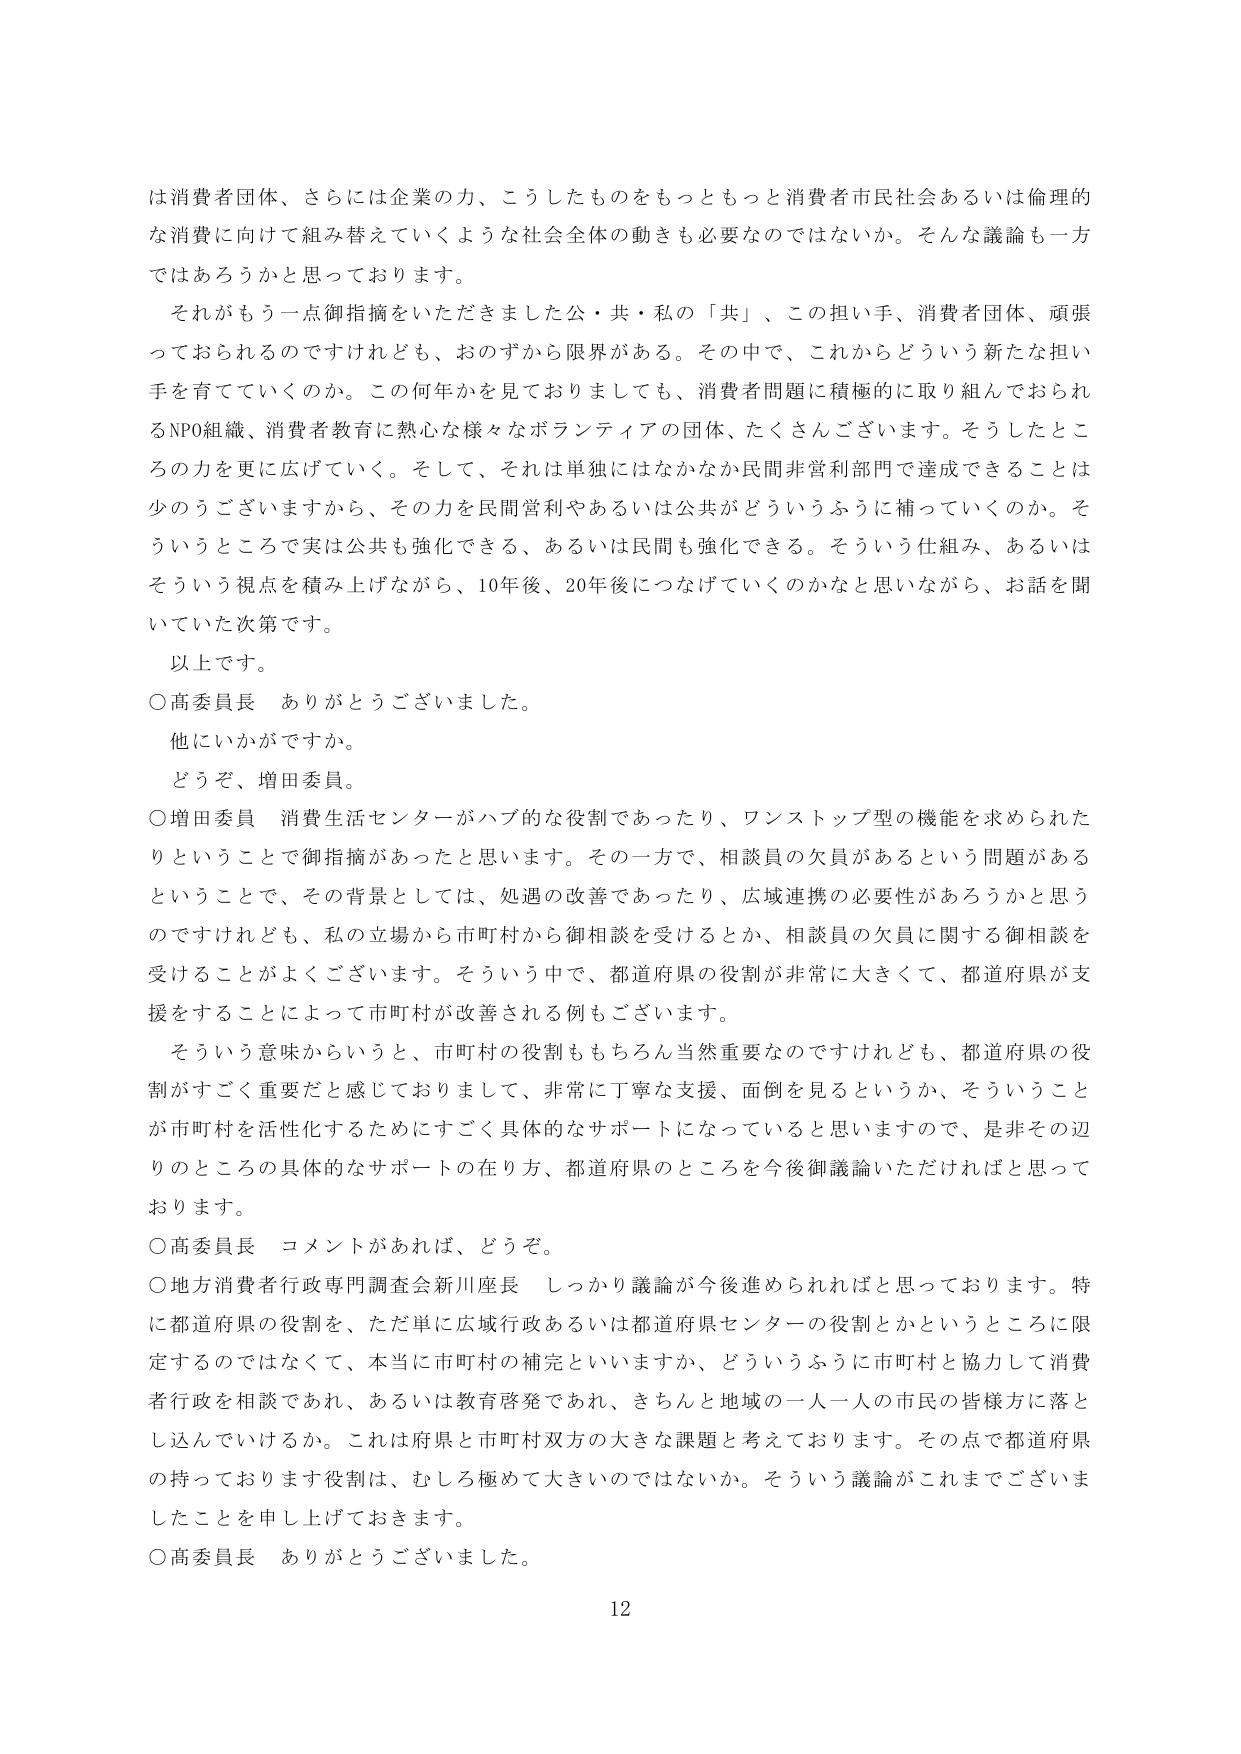
は消費者団体、さらには企業の力、こうしたものをもっともっと消費者市民社会あるいは倫理的な消費に向けて組み替えていくような社会全体の動きも必要なのではないか。そんな議論も一方ではあろうかと思っております。

それがもう一点御指摘をいただきました公・共・私の「共」、この担い手、消費者団体、頑張っておられるのですけれども、おのずから限界がある。その中で、これからどういう新たな担い手を育てていくのか。この何年かを見ておりましても、消費者問題に積極的に取り組んでおられるNPO組織、消費者教育に熱心な様々なボランティアの団体、たくさんございます。そうしたところの力を更に広げていく。そして、それは単独にはなかなか民間非営利部門で達成できることは少のうございますから、その力を民間営利やあるいは公共がどういうふうに補っていくのか。そういうところで実は公共も強化できる、あるいは民間も強化できる。そういう仕組み、あるいはそういう視点を積み上げながら、10年後、20年後につなげていくのかなと思いながら、お話聞いていた次第です。

以上です。

○高委員長　ありがとうございました。

他にいかがですか。

どうぞ、増田委員。

○増田委員　消費生活センターがハブ的な役割であったり、ワンストップ型の機能を求められたということでお指摘があったと思います。その一方で、相談員の欠員があるという問題があるということで、その背景としては、処遇の改善であったり、広域連携の必要性があろうかと思うのですけれども、私の立場から市町村から御相談を受けるとか、相談員の欠員に関する御相談を受けることがよくございます。そういう中で、都道府県の役割が非常に大きくって、都道府県が支援をすることによって市町村が改善される例もございます。

そういう意味からいうと、市町村の役割ももちろん当然重要なのですが、都道府県の役割がすごく重要だと感じておりまして、非常に丁寧な支援、面倒を見るというか、そういうことが市町村を活性化するためにすごく具体的なサポートになっていると思いますので、是非その辺りのところの具体的なサポートの在り方、都道府県のところを今後御議論いただければと思っております。

○高委員長　コメントがあれば、どうぞ。

○地方消費者行政専門調査会新川座長　しっかり議論が今後進められればと思っております。特に都道府県の役割を、ただ単に広域行政あるいは都道府県センターの役割とかというところに限定するのではなくて、本当に市町村の補完といいますか、どういうふうに市町村と協力して消費者行政を相談であれ、あるいは教育啓発であれ、きちんと地域の一人一人の市民の皆様方に落とし込んでいけるか。これは府県と市町村双方の大きな課題と考えております。その点で都道府県の持っておられます役割は、むしろ極めて大きいのではないでしょうか。そういう議論がこれまでございましたことを申し上げておきます。

○高委員長　ありがとうございました。

12